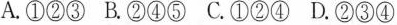
A.①②③ B.②④⑤ C.①②④ D.②③④